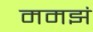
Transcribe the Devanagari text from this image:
ममझं